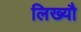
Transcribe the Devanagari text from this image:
लिख्यौ